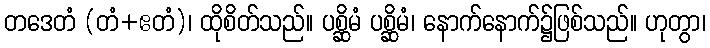
တဒေတံ (တံ+ဧတံ)၊ ထိုစိတ်သည်။ ပစ္ဆိမံ ပစ္ဆိမံ၊ နောက်နောက်၌ဖြစ်သည်။ ဟုတွာ၊